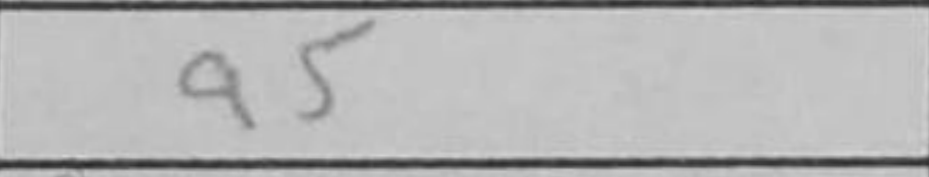
Transcription: a5